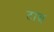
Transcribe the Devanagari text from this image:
टाच